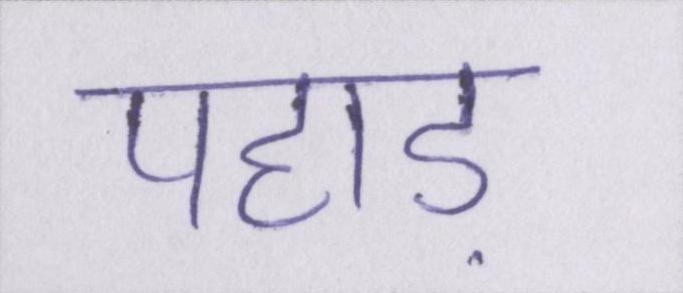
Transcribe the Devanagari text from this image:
पहाड़